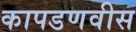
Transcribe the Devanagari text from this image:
कापडणवीस